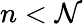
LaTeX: n<\mathcal{N}